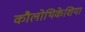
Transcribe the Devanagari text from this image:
कौलोथिकेशिया